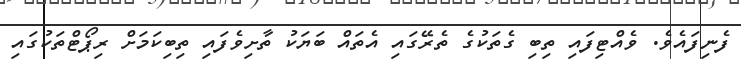
ފެނިފައެވެ. ވެއްޓިފައި ތިބި ގެތަކުގެ ތެރޭގައި އެތައް ބަޔަކު ތާށިވެފައި ތިބިކަމަށް ރިޕޯޓްތަކުގައި